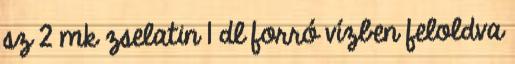
sz 2 mk zselatin 1 dl forró vízben feloldva